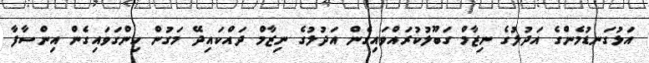
އަޅުގަނޑުމެންގެ އަދުލުގެ ނިޒާމް ގަބޫލުކުރައްވައިގެން އަދުލުގެ ނިޒާމް ދައްކައިދޭ މަގުން ހިންގަވައިގެން އިންސާފާ